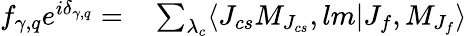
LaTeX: \begin{array}{rl}{f_{\gamma,q}e^{i\delta_{\gamma,q}}=}&{{}\sum_{\lambda_{c}}\langle J_{cs}M_{J_{cs}},lm|J_{f},M_{J_{f}}\rangle}\end{array}